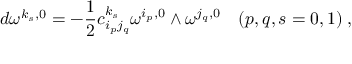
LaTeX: d \omega ^ { k _ { s } , 0 } = - \frac { 1 } { 2 } c _ { i _ { p } j _ { q } } ^ { k _ { s } } \omega ^ { i _ { p } , 0 } \wedge \omega ^ { j _ { q } , 0 } \quad ( p , q , s = 0 , 1 ) \; ,